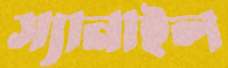
স্যানাইল